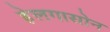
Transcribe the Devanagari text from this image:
हेलगासोन